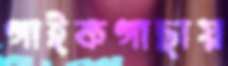
গাইকগাছায়